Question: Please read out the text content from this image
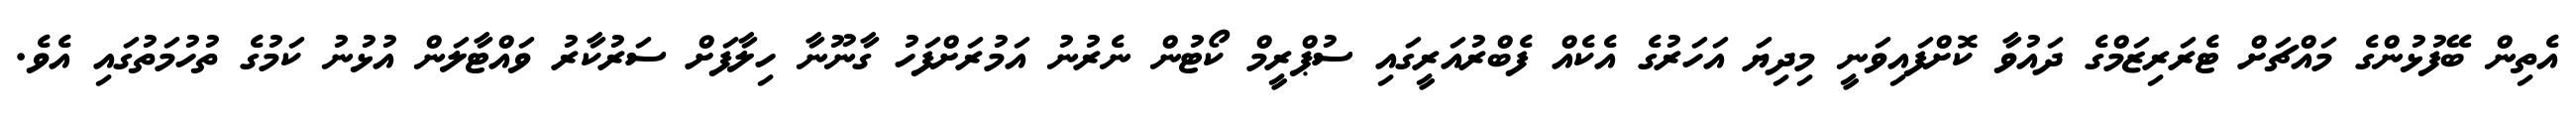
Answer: އެތިން ބޭފުޅުންގެ މައްޗަށް ޓެރަރިޒަމްގެ ދައުވާ ކޮށްފައިވަނީ މިދިޔަ އަހަރުގެ އެކެއް ފެބްރުއަރީގައި ސުޕްރީމް ކޯޓުން ނެރުނު އަމުރަށްފަހު ގާނޫނާ ހިލާފަށް ސަރުކާރު ވައްޓާލަން އުޅުނު ކަމުގެ ތުހުމަތުގައި އެވެ.